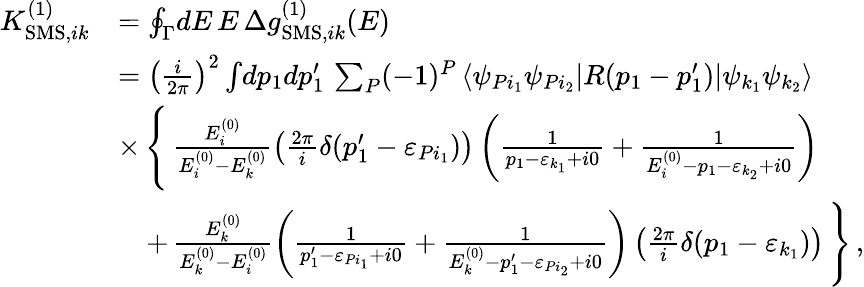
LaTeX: \begin{array}{rl}{K_{\mathrm{SMS},ik}^{(1)}}&{=\oint_{\Gamma}\! dE\, E\, \Delta g_{\mathrm{SMS},ik}^{(1)}(E)}\\ &{=\left(\frac{i}{2\pi}\right)^{2}\int\! dp_{1}dp_{1}^{\prime}\, \sum_{P}(-1)^{P}\, \langle\psi_{Pi_{1}}\psi_{Pi_{2}}|R(p_{1}-p_{1}^{\prime})|\psi_{k_{1}}\psi_{k_{2}}\rangle}\\ &{\times\, \Bigg\{ \, \frac{E_{i}^{(0)}}{E_{i}^{(0)}-E_{k}^{(0)}}\left(\frac{2\pi}{i}\delta(p_{1}^{\prime}-\varepsilon_{Pi_{1}})\right)\left(\frac{1}{p_{1}-\varepsilon_{k_{1}}+i0}+\frac{1}{E_{i}^{(0)}-p_{1}-\varepsilon_{k_{2}}+i0}\right)}\\ &{\quad+\, \frac{E_{k}^{(0)}}{E_{k}^{(0)}-E_{i}^{(0)}}\left(\frac{1}{p_{1}^{\prime}-\varepsilon_{Pi_{1}}+i0}+\frac{1}{E_{k}^{(0)}-p_{1}^{\prime}-\varepsilon_{Pi_{2}}+i0}\right)\left(\frac{2\pi}{i}\delta(p_{1}-\varepsilon_{k_{1}})\right)\, \Bigg\} \, ,}\end{array}